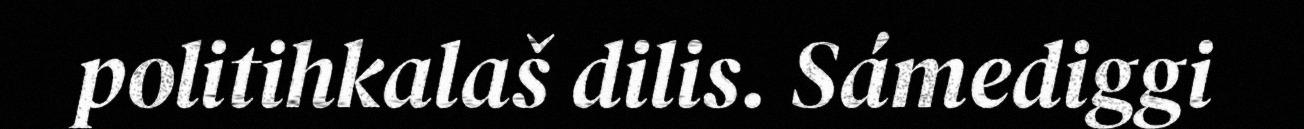
politihkalaš dilis. Sámediggi